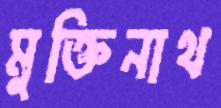
মুক্তিনাথ